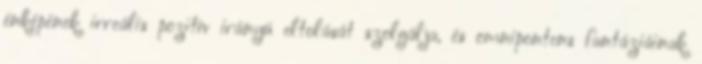
énképének irreális pozitív irányú eltolását szolgálja, és omnipontens fantáziáinak